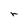
Character: r